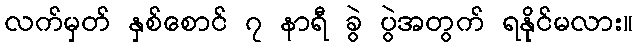
လက်မှတ် နှစ်စောင် ၇ နာရီ ခွဲ ပွဲအတွက် ရနိုင်မလား။